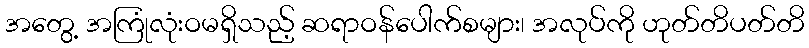
အတွေ့ အကြုံလုံးဝမရှိသည့် ဆရာဝန်ပေါက်စများ၊ အလုပ်ကို ဟုတ်တိပတ်တိ